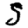
Digit: 5